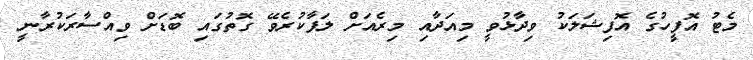
މެޓު އޮފީހުގެ އޮފިޝަލަކު ވިދާޅުވީ މިއަދާއި މިރެއަށް ލަފާކުރެވޭ ގޮތުގައި ބޮޑަށް ވިއްސާރަކުރާނީ